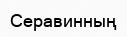
Серавинның